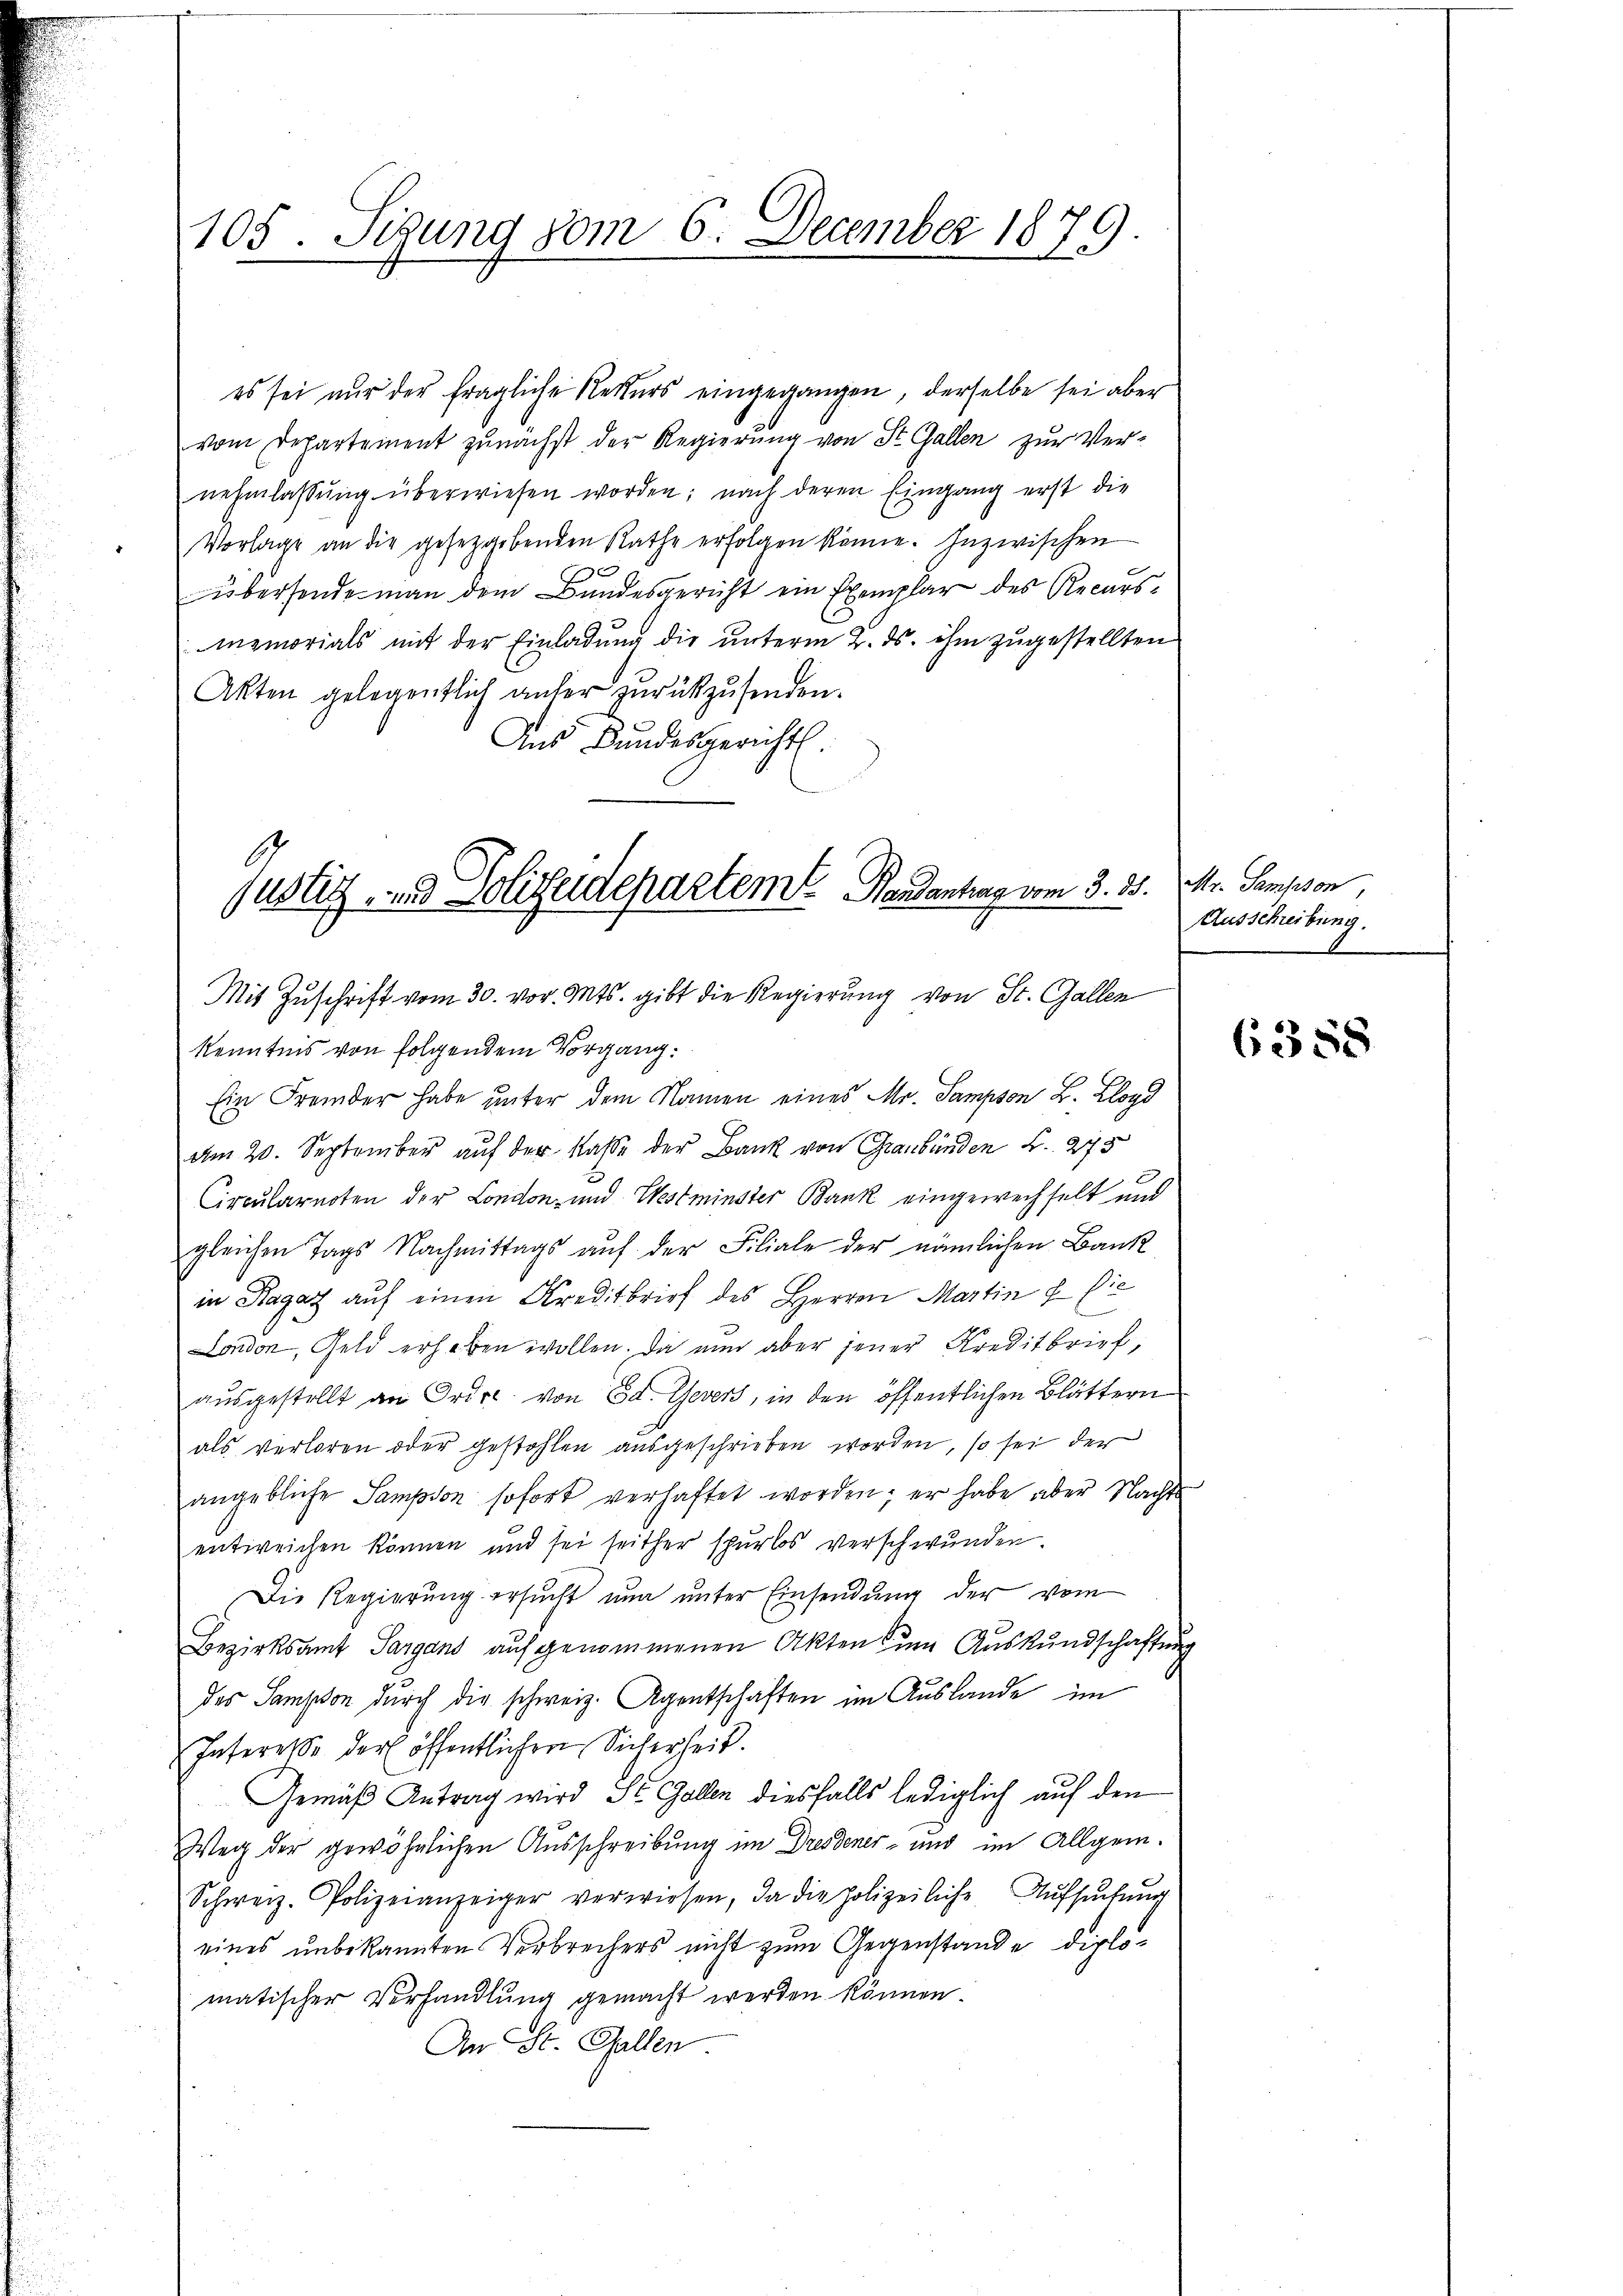
105. Sigung vom 6. December 1879

es sei nŭr der fragliche Rekurs eingegangen, derselbe sei aber
vom Departement zunächst der Regierung von St. Gallen zur Ver-
nehmlassŭng überwiesen worden; nach deren Eingang erst die
Vorlage an die gesetzgebenden Rathe erfolgen könne. Inzwischen
übersende man dem Bundesgericht ein Exemplar des Recursinzmorials mit der Einladung die unterm 2. ds. ihm zugestellten
Akten gelegentlich anher zurückzusenden.
Aus Bundesgericht.

Justitz- und Polizeidepartem Pendantrag vom 3. d.

Mit Zuschrift vom 30. vor. Mts. gibt die Regierung von St. Gallen
Kenntnis von folgendem Vorgang.
Ein Fremder habe unter dem Namen eines Mr. Sampson B. Lloyd
am 20. September auf der Kasse der Bank von Graubünden L. 275
Circularnoten der London und Westminster Bank eingewechselt und
gleichen Tags Nachmittags auf der Filiale der nämlichen Bank
in Ragaz auf einen Kreditbrief des Herren Martin . Die
e
London, Geld erhoben wollen. Da nun aber jener Kreditbrief,
ausgestellt an Ordre von Ed. Gevers, in den öffentlichen Blättern
als verloren oder gestohlen ausgeschrieben worden, so sei der
angebliche Sampson sofort verhaftet worden; er habe aber Nachts
entweichen können und sei seither spurlos verschwunden.
Die Regierung ersucht nun unter Einsendung der vom
Bezirksamt Sargans aufgenommenen Akten zum Auskundschaftung
des Sampson durch die schweiz. Agentschaften im Auslande im
Interesse der öffentlichen Sicherheit.
Gemäß Antrag wird St. Gallen diesfalls lediglich auf den
Weg der gewöhnlichen Ausschreibung im Dresdener- und im Allgem.
Schweiz. Polizeianzeiger verwiesen, da die polizeiliche Aŭfsŭchŭng
eines unbekannten Verbrechers nicht zum Gegenstande diplomatischer Verhandlung gemacht werden können.
An St. Gallen

Mr. Samsson
Ausschreibung.

6358